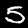
Digit: 5